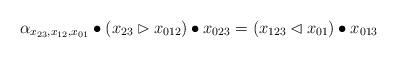
LaTeX: \begin{align*}\alpha_{x_{23},x_{12},x_{01}}\bullet(x_{23}\rhd x_{012})\bullet x_{023}=(x_{123}\lhd x_{01})\bullet x_{013}\end{align*}